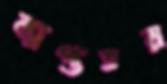
ব্যাপ্ততর